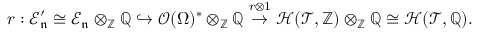
r : \mathcal { E } _ { \mathfrak { n } } ^ { \prime } \cong \mathcal { E } _ { \mathfrak { n } } \otimes _ { \mathbb { Z } } \mathbb { Q } \hookrightarrow \mathcal { O } ( \Omega ) ^ { \ast } \otimes _ { \mathbb { Z } } \mathbb { Q } \overset { r \otimes 1 } { \rightarrow } \mathcal { H } ( \mathscr { T } , \mathbb { Z } ) \otimes _ { \mathbb { Z } } \mathbb { Q } \cong \mathcal { H } ( \mathscr { T } , \mathbb { Q } ) .